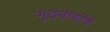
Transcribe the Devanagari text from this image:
गूढवाद्यांचे